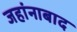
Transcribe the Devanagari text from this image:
जहांनाबाद